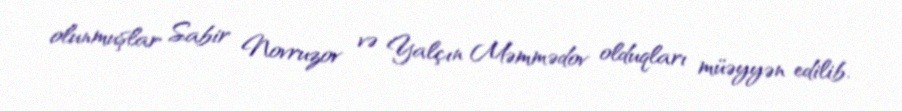
olunmuşlar Sabir Novruzov və Yalçın Məmmədov olduqları müəyyən edilib.